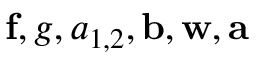
\mathbf { f } , g , a _ { 1 , 2 } , \mathbf { b } , \mathbf { w } , \mathbf { a }